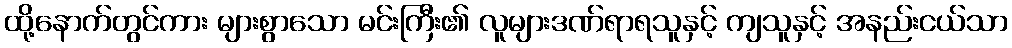
ထို့နောက်တွင်ကား များစွာသော မင်းကြီး၏ လူများဒဏ်ရာရသူနှင့် ကျသူနှင့် အနည်းငယ်သာ